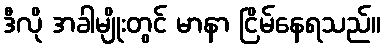
ဒီလို အခါမျိုးတွင် မာနာ ငြိမ်နေရသည်။